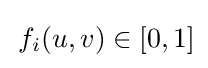
\,f_{i}(u,v)\in [0,1]